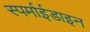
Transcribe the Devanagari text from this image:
स्पर्माईडाइन